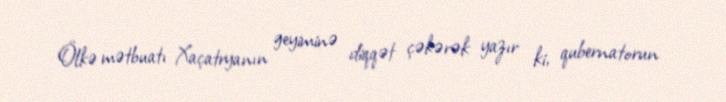
Ölkə mətbuatı Xaçatryanın geyiminə diqqət çəkərək yazır ki, qubernatorun